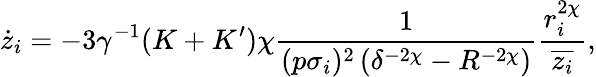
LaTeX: \dot{z}_{i}=-3\gamma^{-1}(K+K^{\prime})\chi\frac{1}{(p\sigma_{i})^{2}\left(\delta^{-2\chi}-R^{-2\chi}\right)}\frac{r_{i}^{2\chi}}{\overline{{z_{i}}}},